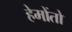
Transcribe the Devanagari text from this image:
हेमोंतो